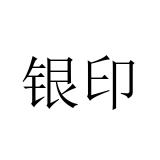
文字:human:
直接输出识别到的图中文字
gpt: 银印